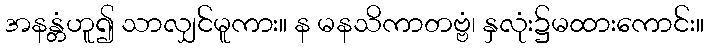
အနန္တံဟူ၍ သာလျှင်မူကား။ န မနသိကာတဗ္ဗံ၊ နှလုံး၌မထားကောင်း။